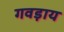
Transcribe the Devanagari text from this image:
गवड़ाय